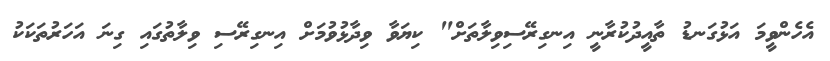
އެހެންވީމަ އަޅުގަނޑު ތާއީދުކުރާނީ އިނގިރޭސިވިލާތަށް" ކިޔަވާ ވިދާޅުވުމަށް އިނގިރޭސި ވިލާތުގައި ގިނަ އަހަރުތަކަކު